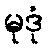
မုဒုံ